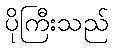
ပိုကြီးသည်